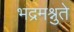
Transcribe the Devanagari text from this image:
भद्रमश्नुते